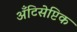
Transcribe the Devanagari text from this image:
अँटिसेप्टिक